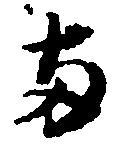
両